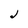
Character: J